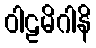
ဝါဠမိဂါနိ